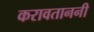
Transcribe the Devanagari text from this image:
करावताननी